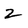
Character: 2